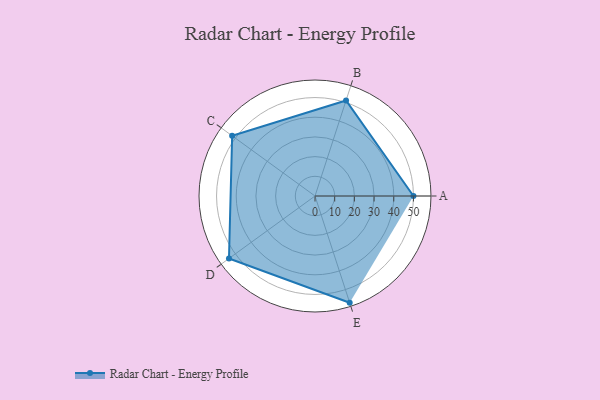
{"axis": {"x": "Skill", "y": "Score"}, "legend": ["Profile"], "data": [{"x": "A", "y": 50.0, "type": "Profile"}, {"x": "B", "y": 51.0, "type": "Profile"}, {"x": "C", "y": 52.0, "type": "Profile"}, {"x": "D", "y": 54.0, "type": "Profile"}, {"x": "E", "y": 57.0, "type": "Profile"}]}